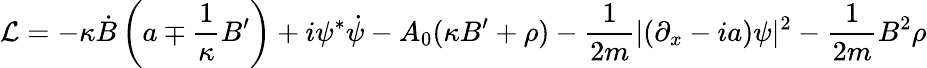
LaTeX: {\cal L}=-\kappa\dot{B}\left(a\mp\frac{1}{\kappa}B^{\prime}\right)+i\psi^{\ast}\dot{\psi}-A_{0}(\kappa B^{\prime}+\rho)-\frac{1}{2m}|(\partial_{x}-ia)\psi|^{2}-\frac{1}{2m}B^{2}\rho